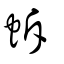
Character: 蝷